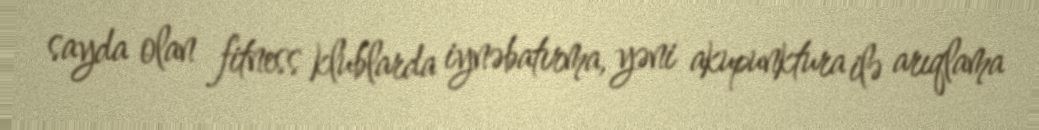
sayda olan fitness klublarda iynəbatırma, yəni akupunktura ilə arıqlama